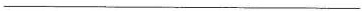
___